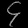
Digit: ၄